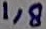
Text: 1,8